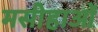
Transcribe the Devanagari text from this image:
मसीहाओं